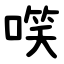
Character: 㗛